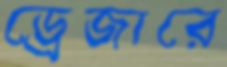
ড্রেজারে